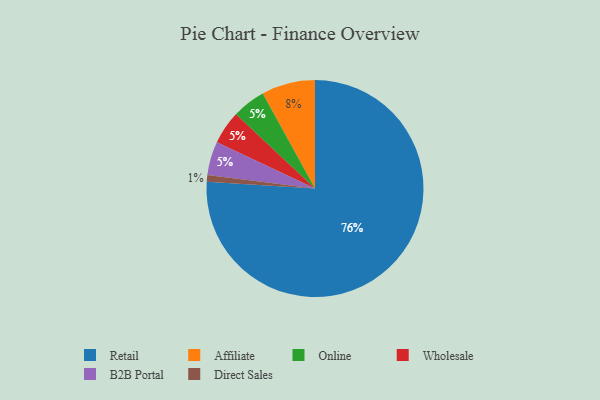
{"axis": {"x": "Category", "y": "Percentage"}, "legend": ["Affiliate", "B2B Portal", "Direct Sales", "Online", "Retail", "Wholesale"], "data": [{"x": "Affiliate", "y": 8, "type": "Affiliate"}, {"x": "Online", "y": 5, "type": "Online"}, {"x": "Wholesale", "y": 5, "type": "Wholesale"}, {"x": "B2B Portal", "y": 5, "type": "B2B Portal"}, {"x": "Retail", "y": 76, "type": "Retail"}, {"x": "Direct Sales", "y": 1, "type": "Direct Sales"}]}